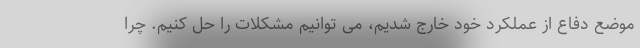
موضع دفاع از عملکرد خود خارج شدیم، می توانیم مشکلات را حل کنیم. چرا